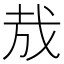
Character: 㦲